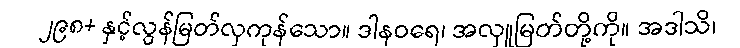
၂၉၈+ နှင့်လွန်မြတ်လှကုန်သော။ ဒါနဝရေ၊ အလှူမြတ်တို့ကို။ အဒါသိ၊